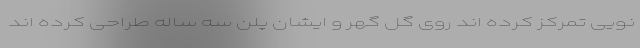
نویی تمرکز کرده اند روی گل گهر و ایشان پلن سه ساله طراحی کرده اند